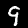
Digit: 9